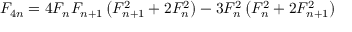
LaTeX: F _ { 4 n } = 4 F _ { n } F _ { n + 1 } \left( F _ { n + 1 } ^ { 2 } + 2 F _ { n } ^ { 2 } \right) - 3 F _ { n } ^ { 2 } \left( F _ { n } ^ { 2 } + 2 F _ { n + 1 } ^ { 2 } \right)